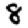
Digit: 8